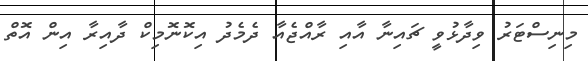
މިނިސްޓަރު ވިދާޅުވީ ޗައިނާ އާއި ރާއްޖެއާ ދެމެދު އިކޮނޮމިކް ދާއިރާ އިން އޮތް